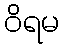
ဝိရမ